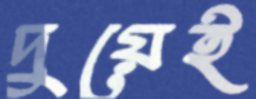
দুয়েই